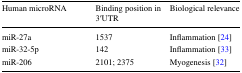
| Human microRNA | Binding position in 3′UTR | Biological relevance |
 | --- | --- | --- |
 | miR-27a | 1537 | Inflammation [24] |
 | miR-32-5p | 142 | Inflammation [33] |
 | miR-206 | 2101; 2375 | Myogenesis [32] |